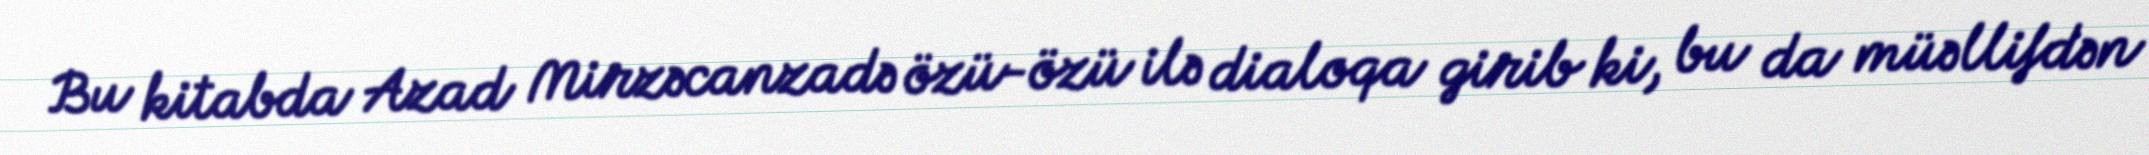
Bu kitabda Azad Mirzəcanzadə özü-özü ilə dialoqa girib ki, bu da müəllifdən